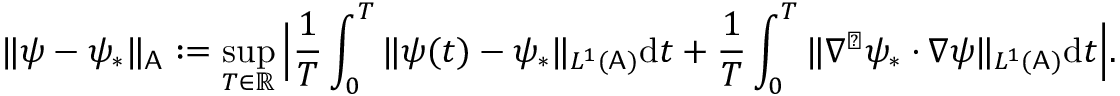
\| \psi - \psi _ { * } \| _ { \mathsf { A } } : = \operatorname* { s u p } _ { T \in \mathbb { R } } \Big | \frac { 1 } { T } \int _ { 0 } ^ { T } \| \psi ( t ) - \psi _ { * } \| _ { L ^ { 1 } ( \mathsf { A } ) } \mathrm { d } t + \frac { 1 } { T } \int _ { 0 } ^ { T } \| \nabla ^ { \perp } \psi _ { * } \cdot \nabla \psi \| _ { L ^ { 1 } ( \mathsf { A } ) } \mathrm { d } t \Big | .